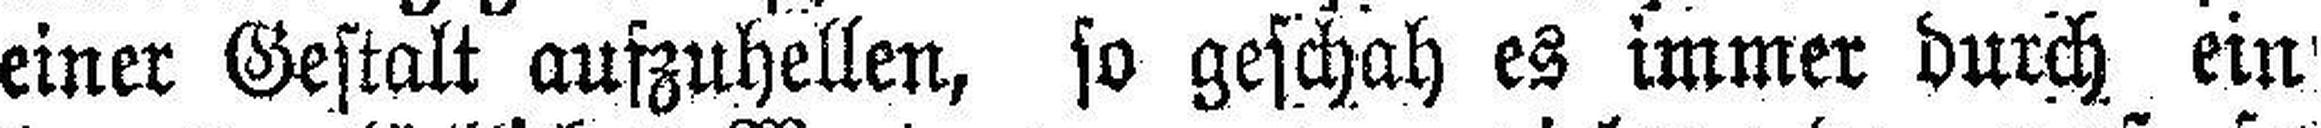
einer Gestalt aufzuhellen, so geschah es immer durch ein